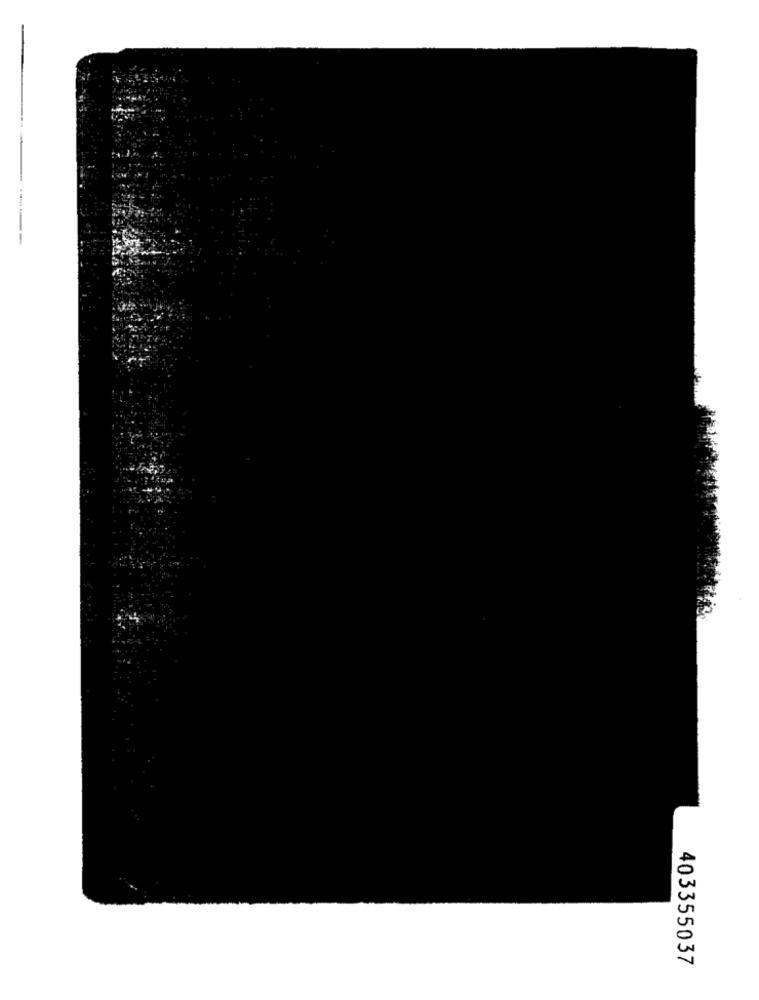
403355037